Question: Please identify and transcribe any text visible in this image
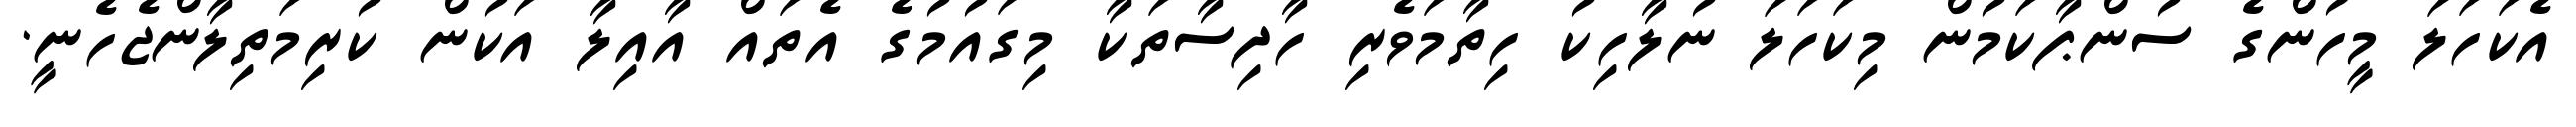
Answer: އެކަހަލަ މީހުންގެ ސުންޕާކަމުން މިކަހަލަ ނުލާހިކު ހިތާމަވެރި ހާދިސާތަކާ މިގައުމުގެ އެތައް އާއިލާ އަކުން ކުރިމަތިލާންޖެހެނީ.